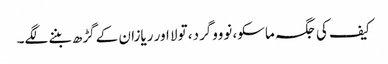
کیف کی جگہ ماسکو، نوووگرد، تولا اور ریازان کے گڑھ بننے لگے۔